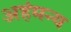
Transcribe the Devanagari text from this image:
अहंमन्य